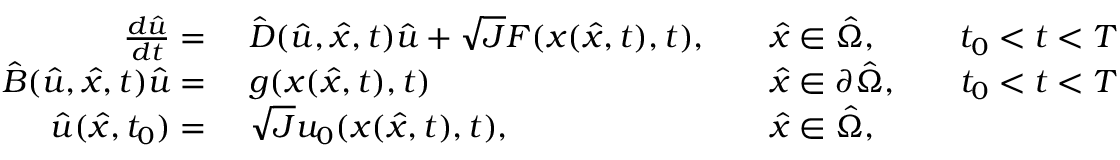
\begin{array} { r l r l r l } { \frac { d \hat { u } } { d t } = \ } & { \hat { D } ( \hat { u } , \hat { x } , t ) \hat { u } + \sqrt { J } F ( x ( \hat { x } , t ) , t ) , } & & { \hat { x } \in \hat { \Omega } , } & & { t _ { 0 } < t < T } \\ { \hat { B } ( \hat { u } , \hat { x } , t ) \hat { u } = \ } & { g ( x ( \hat { x } , t ) , t ) } & & { \hat { x } \in \partial \hat { \Omega } , } & & { t _ { 0 } < t < T } \\ { \hat { u } ( \hat { x } , t _ { 0 } ) = \ } & { \sqrt { J } u _ { 0 } ( x ( \hat { x } , t ) , t ) , } & & { \hat { x } \in \hat { \Omega } , } \end{array}